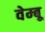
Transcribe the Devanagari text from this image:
वेम्बू